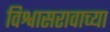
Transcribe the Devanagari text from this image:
विश्वासरावाच्या